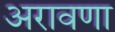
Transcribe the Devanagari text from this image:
अरावणा